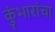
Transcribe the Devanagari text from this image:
कुंभारांचा